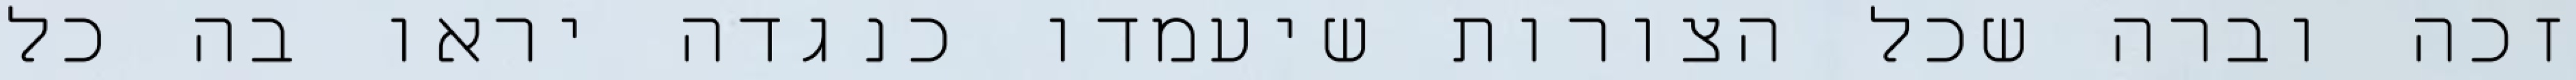
זכה וברה שכל הצורות שיעמדו כנגדה יראו בה כל